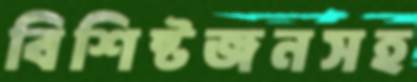
বিশিষ্টজনসহ